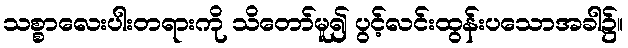
သစ္စာလေးပါးတရားကို သိတော်မူ၍ ပွင့်လင်းထွန်းပသောအခါ၌။